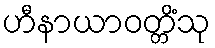
ဟီနာယာဝတ္တိံသု